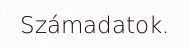
Számadatok.